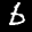
Label: 6